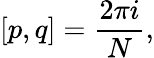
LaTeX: [p,q]=\frac{2\pi i}{N},